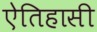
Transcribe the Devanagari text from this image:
ऐतिहासी